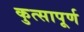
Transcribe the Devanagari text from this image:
कुत्सापूर्ण